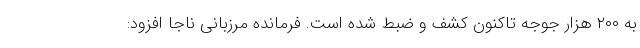
به ۲۰۰ هزار جوجه تاکنون کشف و ضبط شده است. فرمانده مرزبانی ناجا افزود: